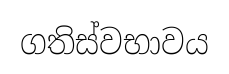
ගතිස්වභාවය